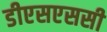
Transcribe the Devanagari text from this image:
डीएसएससी